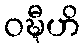
ဝဍ္ဎီဟိ